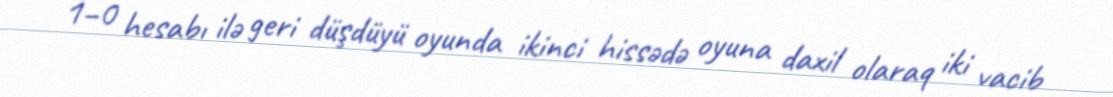
1–0 hesabı ilə geri düşdüyü oyunda ikinci hissədə oyuna daxil olaraq iki vacib